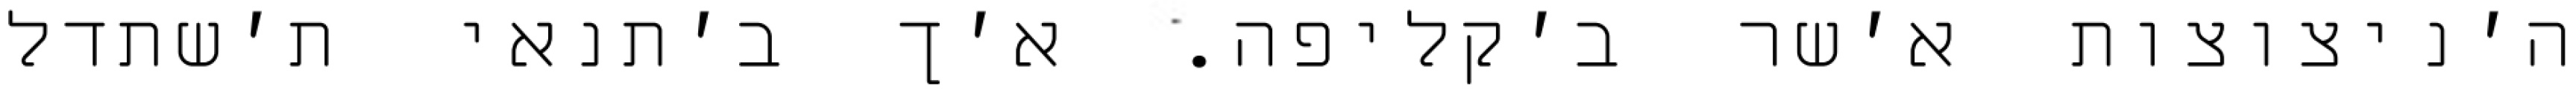
ה׳ניצוצות א׳שר ב׳קליפה. א׳ך ב׳תנאי ת׳שתדל